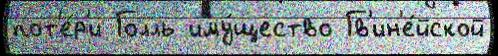
пот'е́р'и Голль иму́щество Гв'ин'е́йской